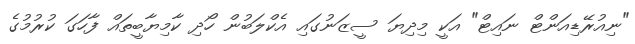
"ނިއުރޭޑިއަންޓް ނައިޓް" އަކީ މިދިޔަ ސީޒަނުގައި އެކްލަބުން ހޯދި ކާމިޔާބީތައް ފާހަގަ ކުރުމުގެ